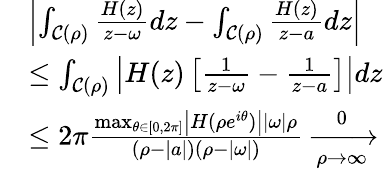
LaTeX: \begin{array}{r}{\begin{array}{rl}&{\left|\int_{\mathcal{C}(\rho)}\frac{H(z)}{z-\omega}dz-\int_{\mathcal{C}(\rho)}\frac{H(z)}{z-a}dz\right|}\\ &{\leq\int_{\mathcal{C}(\rho)}\left|H(z)\left[\frac{1}{z-\omega}-\frac{1}{z-a}\right]\right|dz}\\ &{\leq 2\pi\frac{\operatorname*{max}_{\theta\in[0,2\pi]}\left|H(\rho e^{i\theta})\right||\omega|\rho}{(\rho-|a|)(\rho-|\omega|)}\xrightarrow[\rho\rightarrow\infty]0}\end{array}}\end{array}